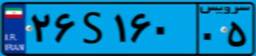
۲۶S۱۶۰۰۵